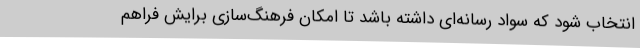
انتخاب شود که سواد رسانه‌ای داشته باشد تا امکان فرهنگ‌سازی برایش فراهم